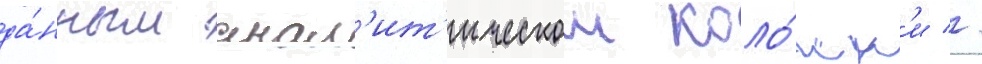
да́нным анал'ит'ическои коло́нк'и //